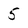
Character: 5